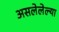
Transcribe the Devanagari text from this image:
असलेलेल्या